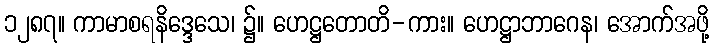
၁၂၈၇။ ကာမာစရနိဒ္ဒေသေ၊ ၌။ ဟေဋ္ဌတောတိ-ကား။ ဟေဋ္ဌာဘာဂေန၊ အောက်အဖို့